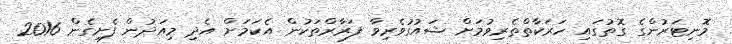
މޮނިޓަރުންގެ ގޮތުގައި ހަރަކާތްތެރިވުމަށް ޝައުގުވެރިވާ ފަރާރްތަކުން އެކަމަށް އެދި މިއަދުން ފެށިގެން 2016